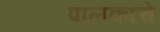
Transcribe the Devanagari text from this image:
पालकाचे